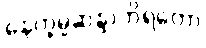
နေက္ခမ္မဆန္ဒာဘိရတော